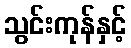
သွင်းကုန်နှင့်